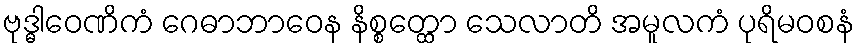
ဗုဒ္ဓါဝေဏိကံ ဂေဓာဘာဝေန နိစ္စတ္ထော သေလာတိ အမူလကံ ပုရိမဝစနံ